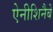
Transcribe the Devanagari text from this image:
ऐनीशिनैबे